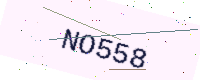
Text: NO558